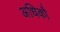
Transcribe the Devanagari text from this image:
अधिकौ